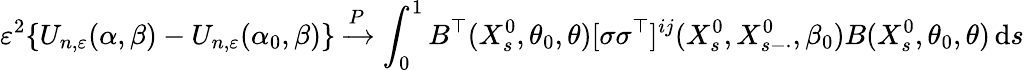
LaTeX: \varepsilon^{2}\{ U_{n,\varepsilon}(\alpha,\beta)-U_{n,\varepsilon}(\alpha_{0},\beta)\} \xrightarrow{P}\int_{0}^{1}B^{\top}(X_{s}^{0},\theta_{0},\theta)[\sigma\sigma^{\top}]^{ij}(X_{s}^{0},X_{s-\cdot}^{0},\beta_{0})B(X_{s}^{0},\theta_{0},\theta)\, \mathrm{d}s